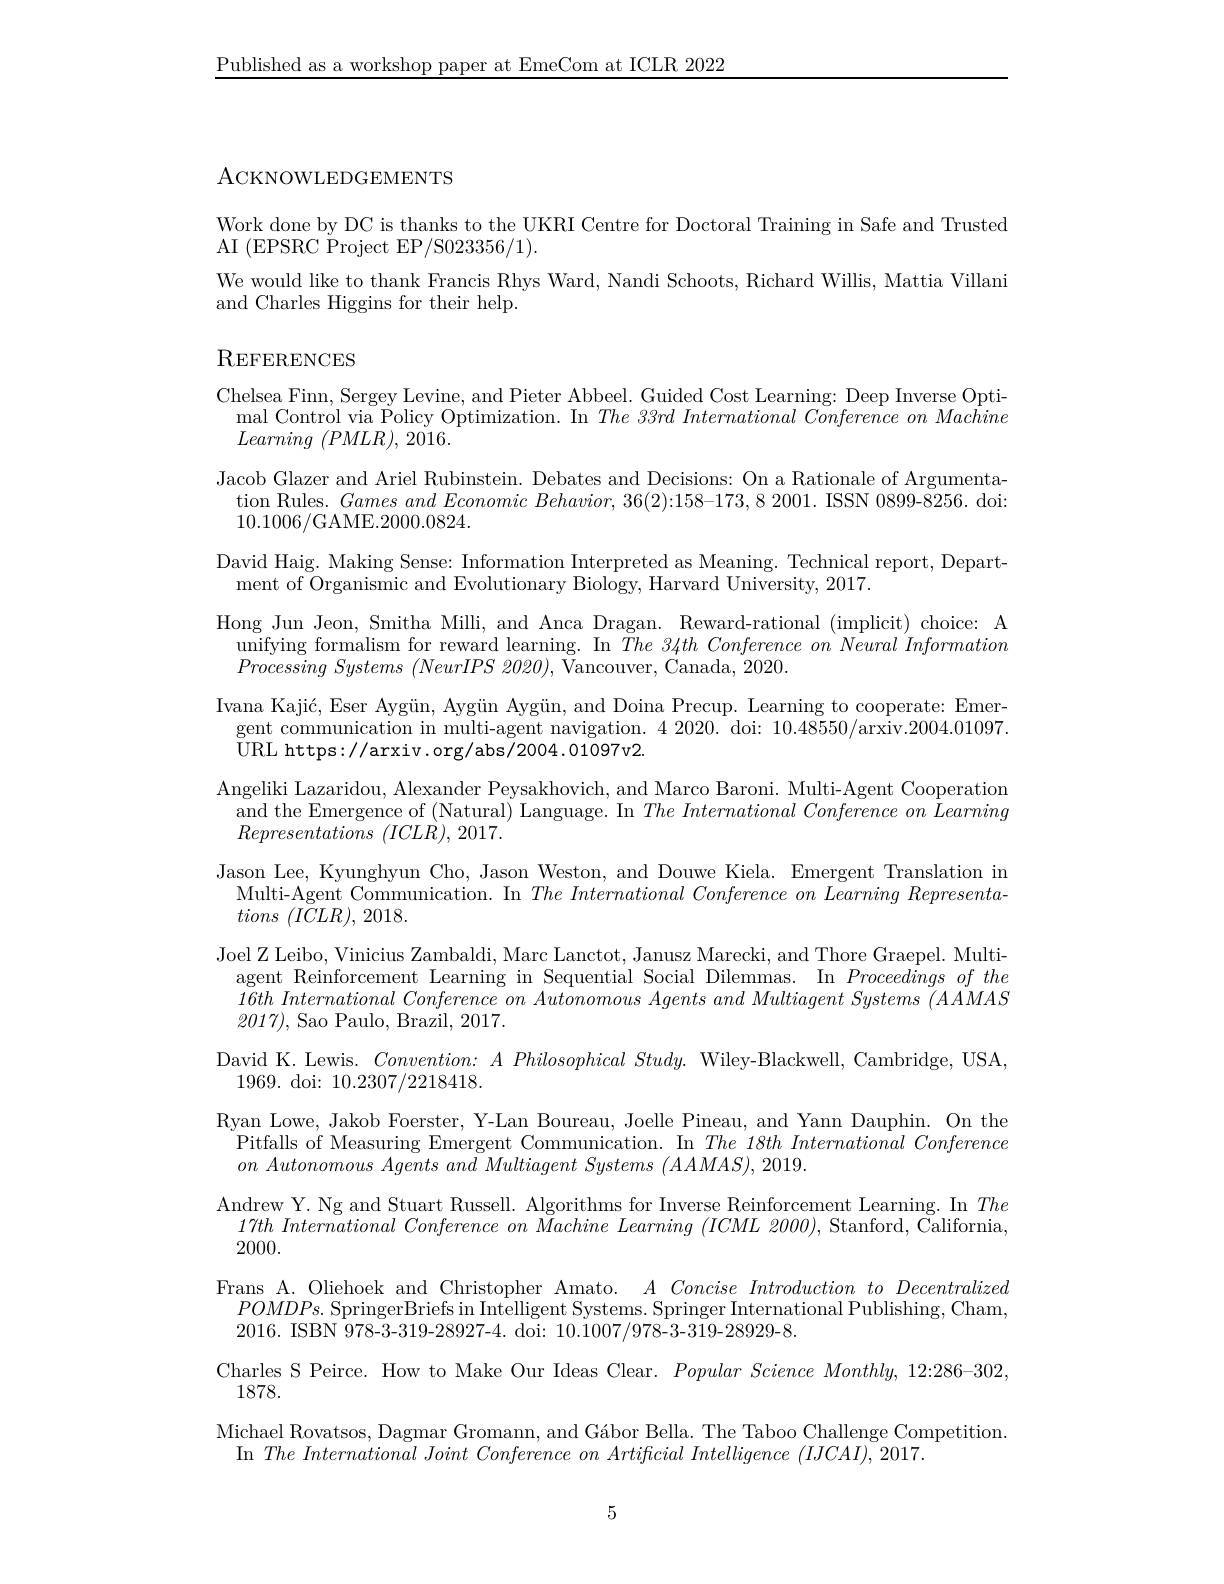
Published as a workshop paper at EmeCom at ICLR 2022

ACKNOWLEDGEMENTS

Work done by DC is thanks to the UKRI Centre for Doctoral Training in Safe and Trusted
AI (EPSRC Project EP/S023356/1).
We would like to thank Francis Rhys Ward, Nandi Schoots, Richard Willis, Mattia Villani
and Charles Higgins for their help.

## $\mathrm{R}_{\mathrm{EFERENCES}}$

Chelsea Finn, Sergey Levine, and Pieter Abbeel. Guided Cost Learning: Deep Inverse Opti-
$\operatorname*{mal}$ Control via Policy Optimization. In $The\textit{33rd International Conference on Machine}$
Learning $( PMLR) $, 2016.
Jacob Glazer and Ariel Rubinstein. Debates and Decisions: On a Rationale of Argumentation Rules. $GamesandEconomicBehavior,36(2):158-173,82001.$ ISSN 0899-8256. doi: 10.1006/GAME.2000.0824.
David Haig. Making Sense: Information Interpreted as Meaning. Technical report, Depart-
ment of Organismic and Evolutionary Biology, Harvard University, 2017.
Hong Jun Jeon, Smitha Milli, and Anca Dragan. Reward-rational (implicit) choice: A
unifying formalism for reward learning. In $\bar{T}he$ 34th Conference on Neural Information
$Processing~Systems~(NeurIPS~2020),~$Vancouver, Canada, 2020.
Ivana Kajić, Eser Aygün, Aygün Aygün, and Doina Precup. Learning to cooperate: Emer-
gent communication in multi-agent navigation. 4 2020. doi: 10.48550/arxiv.2004.01097.
URL https://arxiv.org/abs/2004.01097v2.
Angeliki Lazaridou, Alexander Peysakhovich, and Marco Baroni. Multi-Agent Cooperation and the Emergence of (Natural) Language. In $The\textit{ International Conference on Learning}$ $Representations~(ICL\dot{R}),~2017.$
Jason Lee, Kyunghyun Cho, Jason Weston, and Douwe Kiela. Emergent Translation in Multi-Agent Communication. In The International Conference on Learning Representations $( ICLR) $, 2018.
Joel Z Leibo, Vinicius Zambaldi, Marc Lanctot, Janusz Marecki, and Thore Graepel. Multi-
agent Reinforcement Learning in Sequential Social Dilemmas. In Proceedingsofthe $16thInternational\textit{ Conference on Autonomous Agents and Multiagent Systems }( AAMAS$ 2017), Sao Paulo, Brazil, 2017.
David K. Lewis. $Convention:APhilosophicalStudy.$ Wiley-Blackwell, Cambridge, USA,
$1969.{\mathrm{~doi:~}}10.2307/2218418.$
Ryan Lowe, Jakob Foerster, Y-Lan Boureau, Joelle Pineau, and Yann Dauphin. On the Pitfalls of Measuring Emergent Communication. In $The\textit{18th International Conference}$ $on\textit{ Autonomous Agents and Multiagent Systems }( AAMAS) , 2019.$
Andrew Y. Ng and Stuart Russell. Algorithms for Inverse Reinforcement Learning. In The $17th\textit{International Conference on Machine Learning ( ICML 2000) , Stanford, }\bar{\text{California, }}$ 2000.
Frans A. Oliehoek and Christopher Amato. $A\textit{Concise Introduction to Decentralized}$ $POMDPs.$ SpringerBriefs in Intelligent Systems. Springer International Publishing, Cham, 2016. ISBN 978-3-319-28927-4. doi: 10.1007/978-3-319-28929-8.
Charles S Peirce. How to Make Our Ideas Clear. $Popular\textit{Science Monthly,  12: 286- 302, }$
1878.
Michael Rovatsos, Dagmar Gromann, and Gábor Bella. The Taboo Challenge Competition.
In The International Joint Conference on Artificial Intelligence (IJCAI), 2017.

5